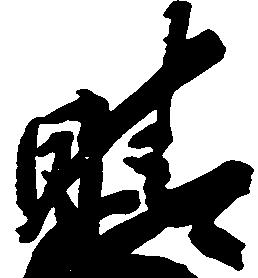
晴